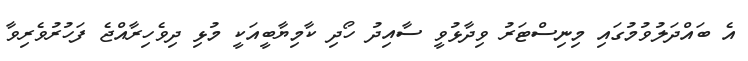
އެ ބައްދަލުވުމުގައި މިނިސްޓަރު ވިދާޅުވީ ސާއިދު ހޯދި ކާމިޔާބީއަކީ މުޅި ދިވެހިރާއްޖެ ފަހުރުވެރިވާ